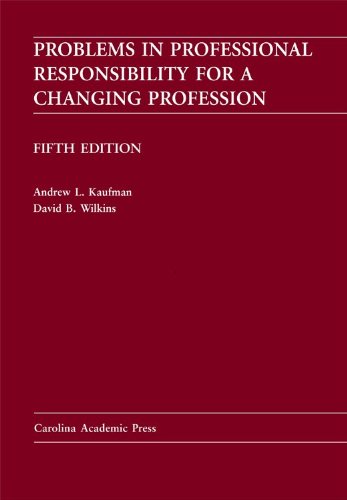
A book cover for Problems in Professional Responsibility for a Changing Profession; Andrew L. Kaufman; Law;